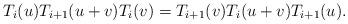
LaTeX: \begin{align*}T_i(u)T_{i+1}(u+v)T_i(v) = T_{i+1}(v) T_i(u+v) T_{i+1}(u).\end{align*}